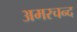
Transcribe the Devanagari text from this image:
अमरचन्द